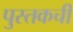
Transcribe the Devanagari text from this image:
पुस्तकची